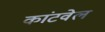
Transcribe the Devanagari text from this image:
कांटवेल